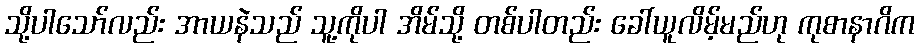
သို့ပါသော်လည်း အာယနဲသည် သူ့ကိုပါ အိမ်သို့ တစ်ပါတည်း ခေါ်ယူလိမ့်မည်ဟု ကုစာနာဂိက